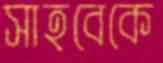
সাহবেকে